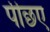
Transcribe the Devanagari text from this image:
पीछए